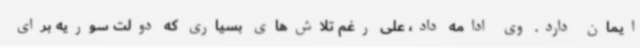
ایمان دارد. وی ادامه داد، علی رغم تلاش‌های بسیاری که دولت سوریه برای